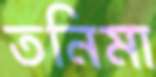
তনিমা